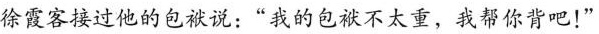
徐霞客接过他的包袱说：”我的包袱不太重，我帮你背吧！”